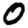
Digit: 0